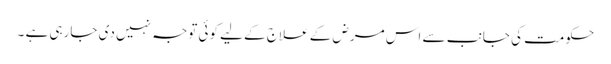
حکومت کی جانب سے اس مرض کے علاج کے لیے کوئی توجہ نہیں دی جارہی ہے ۔